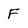
Character: F